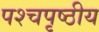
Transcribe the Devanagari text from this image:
पश्चपृष्ठीय